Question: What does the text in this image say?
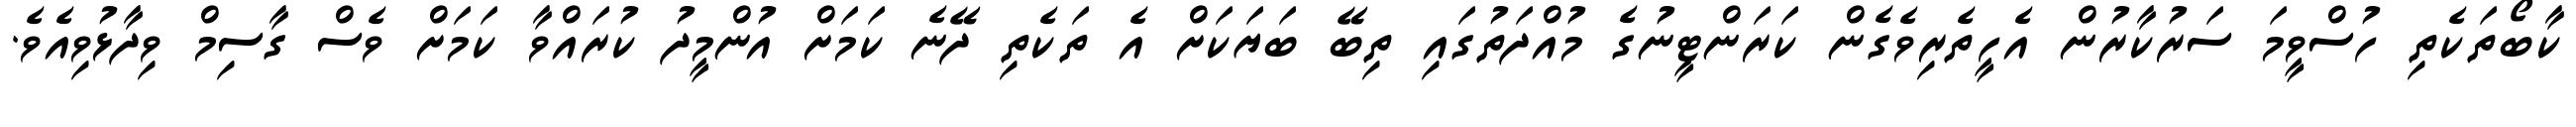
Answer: ކާބޯތަކެތި ހުސްވީމަ ސަރުކާރުން އެހީތެރިވެގެން ކަރަންޓީނުގެ މުއްދަތުގައި ތިބޭ ބަޔަކަށް އެ ތަކެތި ދޭނެ ކަމަށް އުންމީދު ކުރައްވާ ކަމަށް ވެސް ގާސިމް ވިދާޅުވިއެވެ.